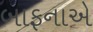
બાફનાએ